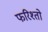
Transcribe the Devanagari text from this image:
फरिश्तो